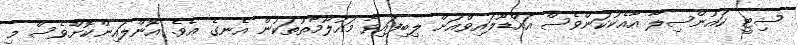
ސިޓީ ކައުންސިލާ އާއެކުކަންވެސް އައްޑޫލައިވްއަށް ލިބިފައިވާ މައުލޫމާތުތަކުން އެނގެ އެވެ. އޮންލައިންކޮށްވެސް މި